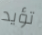
تؤيد